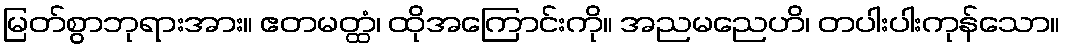
မြတ်စွာဘုရားအား။ ဧတမတ္ထံ၊ ထိုအကြောင်းကို။ အညမညေဟိ၊ တပါးပါးကုန်သော။